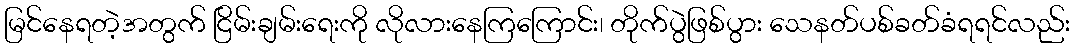
မြင်နေရတဲ့အတွက် ငြိမ်းချမ်းရေးကို လိုလားနေကြကြောင်း၊ တိုက်ပွဲဖြစ်ပွား သေနတ်ပစ်ခတ်ခံရရင်လည်း